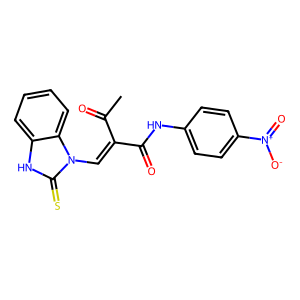
SMILES: CC(=O)C(=Cn1c(=S)[nH]c2ccccc21)C(=O)Nc1ccc([N+](=O)[O-])cc1
Inhibits HIV replication: No